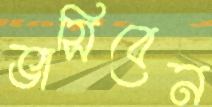
ভাসিবেন